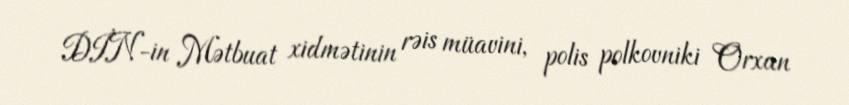
DİN-in Mətbuat xidmətinin rəis müavini, polis polkovniki Orxan